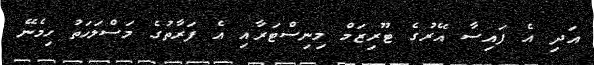
އަދި އެ ފައިސާ އޭރުގެ ޓޫރިޒަމް މިނިސްޓަރާއި އެ ފަރާތުގެ މަސްލަހަތު ހިމެނޭ